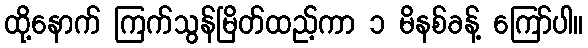
ထို့နောက် ကြက်သွန်မြိတ်ထည့်ကာ ၁ မိနစ်ခန့် ကြော်ပါ။